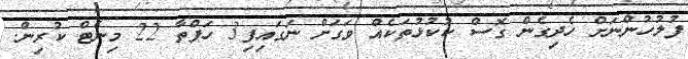
ފުލުހުންނަށް ހެދިގެން ގޮސް ކުކުޅުތަކެއް ވަގަށް ނަގައިފި3 ހަފްތާ 22 މިނެޓް ކުރިން.